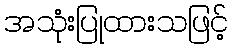
အသုံးပြုထားသဖြင့်